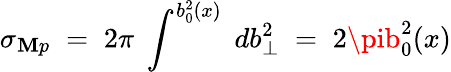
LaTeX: \sigma_{\mathbf{M}p}\; =\; 2\pi\; \int^{b_{0}^{2}(x)}\; db_{\perp}^{2}\; =\; 2\pib_{0}^{2}(x)